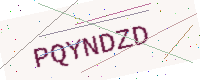
Text: PQYNDZD